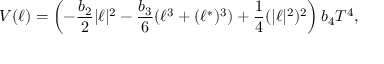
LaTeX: { { { \cal V } ( \ell ) = \left( - \frac { b _ { 2 } } { 2 } | \ell | ^ { 2 } - \frac { b _ { 3 } } { 6 } ( \ell ^ { 3 } + ( \ell ^ { * } ) ^ { 3 } ) + \frac { 1 } { 4 } ( | \ell | ^ { 2 } ) ^ { 2 } \right) b _ { 4 } T ^ { 4 } } } ,